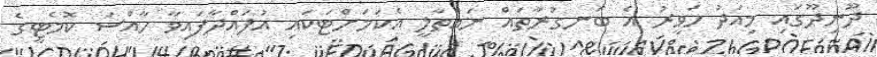
ދޫނިދޫގައި މިއަދު ހަވީރު އެ ބަނގުރާތައް ނައްތާލީ އެކަމަށްޓަކައި އުފައްދާފައިވާ ހާއްސަ ކޮމެޓީގެ